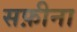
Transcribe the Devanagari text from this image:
सफ़ीना